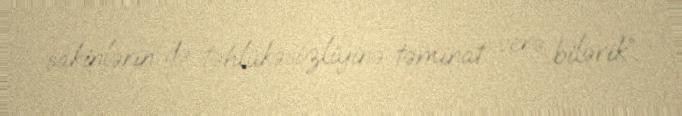
sakinlərin də təhlükəsizliyinə təminat verə bilərik”.